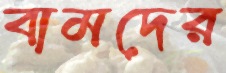
বামদের